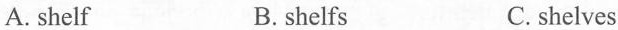
A.shelf B.shelfs C.shelves